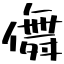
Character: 儛